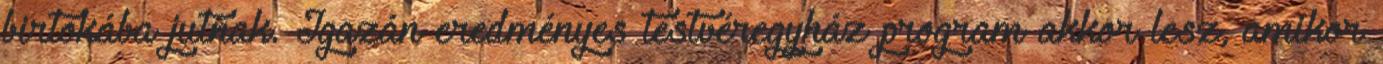
birtokába jutnak. Igazán eredményes testvéregyház program akkor lesz, amikor